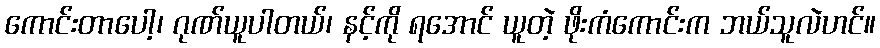
ကောင်းတာပေါ့၊ ဂုဏ်ယူပါတယ်၊ နင့်ကို ရအောင် ယူတဲ့ ဖိုးကံကောင်းက ဘယ်သူလဲဟင်။